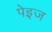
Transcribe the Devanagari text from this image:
पेइज